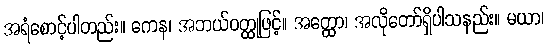
အရံစောင့်ပါတည်း။ ကေန၊ အဘယ်ဝတ္ထုဖြင့်။ အတ္ထော၊ အလိုတော်ရှိပါသနည်း။ မယာ၊